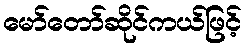
မော်တော်ဆိုင်ကယ်ဖြင့်